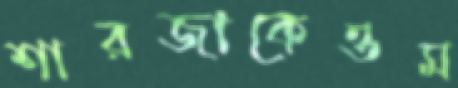
শারজাকেওম